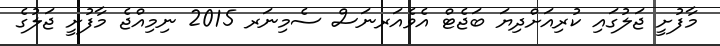
މާފުށީ ޖަލުގައި ކުރިއަށްދިޔަ ބަޖެޓް އެވެއަރނަސް ސެމިނަރ 2015 ނިމިއްޖެ މާފުށީ ޖަލުގެ